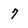
Character: 7